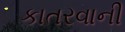
કાતરવાની